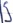
Text: S